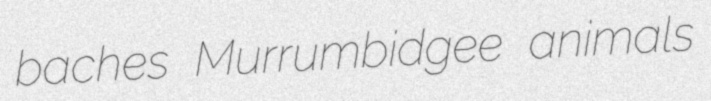
baches Murrumbidgee animals